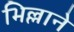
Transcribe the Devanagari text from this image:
भिल्लाने